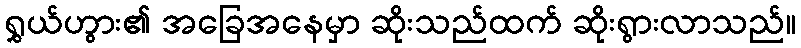
ရွှယ်ဟွား၏ အခြေအနေမှာ ဆိုးသည်ထက် ဆိုးရွားလာသည်။